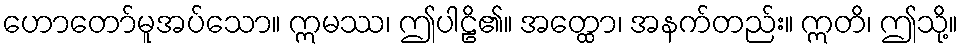
ဟောတော်မူအပ်သော။ ဣမဿ၊ ဤပါဠိ၏။ အတ္ထော၊ အနက်တည်း။ ဣတိ၊ ဤသို့။